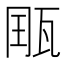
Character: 𤭄